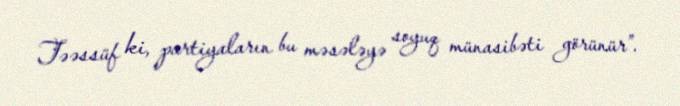
Təəssüf ki, partiyaların bu məsələyə soyuq münasibəti görünür”.